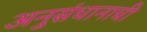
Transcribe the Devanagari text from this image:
अनुसंधानाची